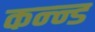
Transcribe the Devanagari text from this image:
कन्न्ड